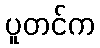
ပူတင်က